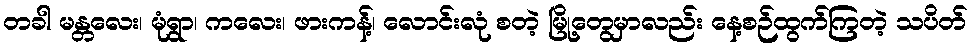
တခါ မန္တလေး၊ မုံရွာ၊ ကလေး၊ ဖားကန့်၊ လောင်းလုံ စတဲ့ မြို့တွေမှာလည်း နေ့စဉ်ထွက်ကြတဲ့ သပိတ်